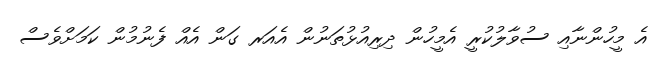
އެ މީހުންނާއި ސުވާލުކުރީ އެމީހުން ދިރިއުޅުތަނުން އެއަރ ގަން އެއް ފެނުމުން ކަމަށްވެސް